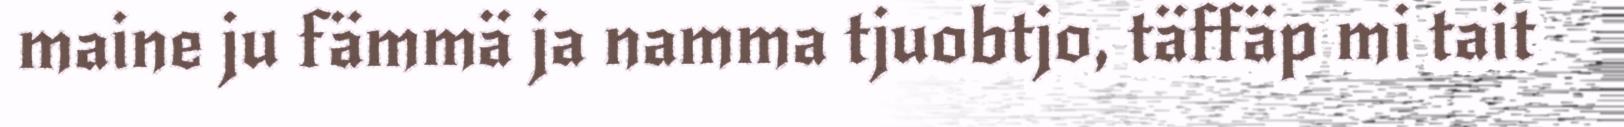
maine ju fämmä ja namma tjuobtjo, täffäp mi tait